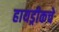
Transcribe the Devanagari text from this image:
हायड्रीकचे